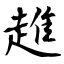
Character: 趡